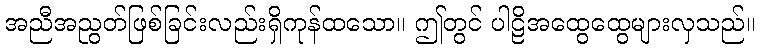
အညီအညွတ်ဖြစ်ခြင်းလည်းရှိကုန်ထသော။ ဤတွင် ပါဠိအထွေထွေများလှသည်။